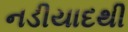
નડીયાદથી